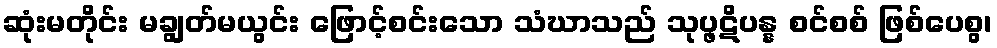
ဆုံးမတိုင်း မချွတ်မယွင်း ဖြောင့်စင်းသော သံဃာသည် သုပ္ဖဋိပန္န စင်စစ် ဖြစ်ပေစွ၊